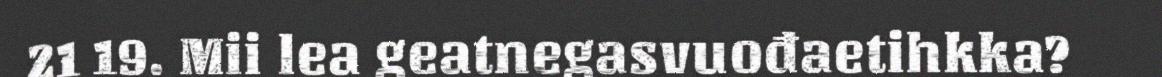
21 19. Mii lea geatnegasvuođaetihkka?